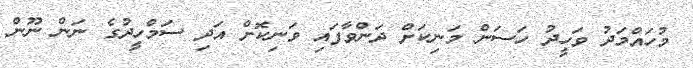
މުހައްމަދު ވަހީދު ހަސަން މަނިކަށް ދަންވާފައި ވަނިކޮށް އަދި ސަމްހީދުގެ ނަން ނޫން